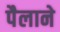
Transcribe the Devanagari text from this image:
पैलाने